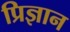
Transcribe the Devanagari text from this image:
प्रिज्ञान